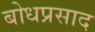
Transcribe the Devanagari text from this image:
बोधप्रसाद